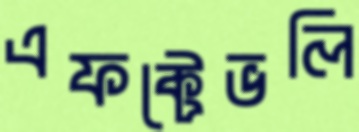
এফক্টেভলি